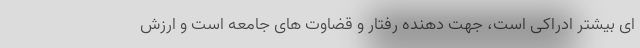
ای بیشتر ادراکی است، جهت دهنده رفتار و قضاوت های جامعه است و ارزش